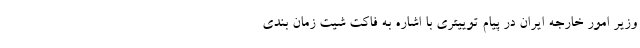
وزیر امور خارجه ایران در پیام توییتری با اشاره به فاکت شیت زمان بندی